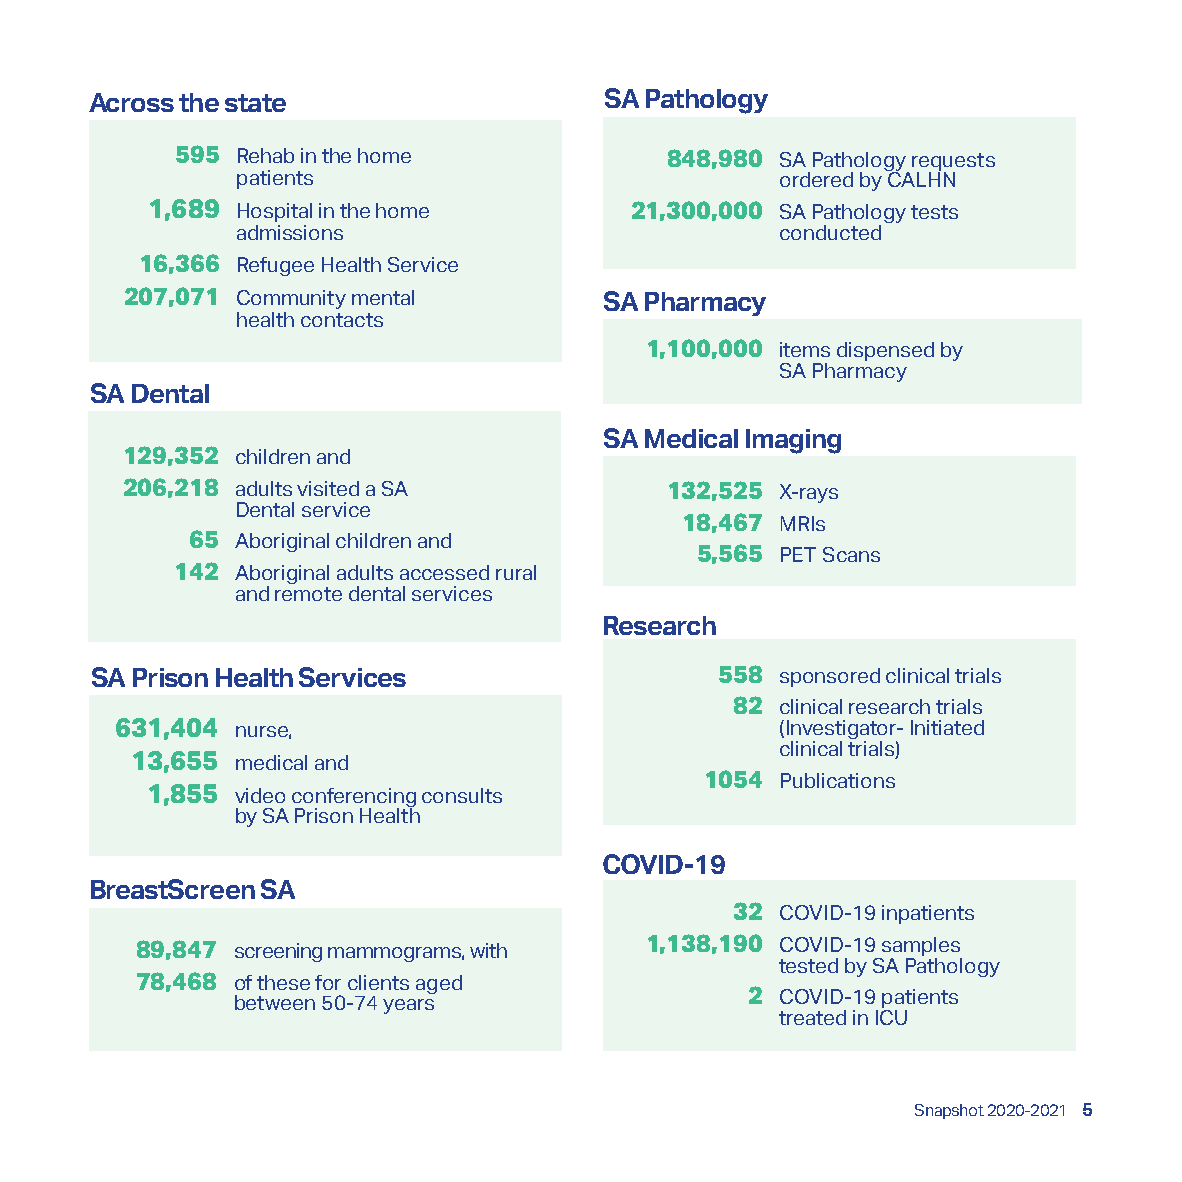
Across the state                  SA Pathology
 595 Rehab in the home           848,980 SA Pathology requests
 patients                            ordered by CALHN
 1,689 Hospital in the home      21,300,000 S A Pathology tests
 admissions                          conducted
 16,366 R efugee Health Service
 207,071 Community mental        SA Pharmacy
 health contacts
 1,100,000 items dispensed by
 SA Pharmacy
 SA Dental
 SA Medical Imaging
 129,352 children and
 206,218 a dults visited a SA        132,525 X-rays
 Dental service
 18,467 MRIs
 65 Aboriginal children and
 5,565 PET Scans
 142 Aboriginal adults accessed rural
 and remote dental services
 Research
 SA Prison Health Services                 558 sponsored clinical trials
 82 clinical research trials
 631,404 nurse,                              (Investigator- Initiated
 clinical trials)
 13,655 medical and
 1054 Publications
 1,855 video conferencing consults
 by SA Prison Health
 COVID-19
 BreastScreen SA
 32 C OVID-19 inpatients
 89,847 screening mammograms, with 1,138,190 COVID-19 samples
 tested by SA Pathology
 78,468 of these for clients aged
 between 50-74 years               2  COVID-19 patients
 treated in ICU
 Snapshot 2020-2021 5